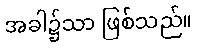
အခါ၌သာ ဖြစ်သည်။